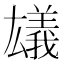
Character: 𠬗